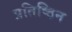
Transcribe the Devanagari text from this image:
प्रतिष्ठिन